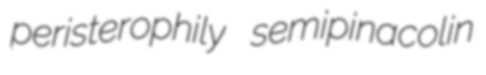
peristerophily semipinacolin